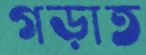
গড়াত